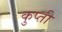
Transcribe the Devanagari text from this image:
कुप्ती